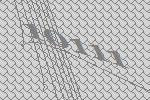
10111